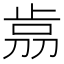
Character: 𣥴